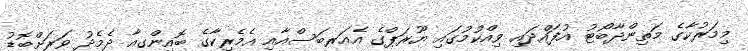
މިމަރުކާގެ މަތިންދާބޯޓު އުފައްދައި ވިއްކުމުގައި ޔޫރަޕްގެ އެއަރބަސްއާއި އެމެރިކާގެ ބޮއިންގއާ ދެމެދު ވަރަށްބޮޑު